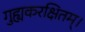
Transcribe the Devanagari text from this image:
गुह्यकरक्षितम्।